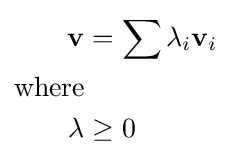
{\begin{aligned}\mathbf {v} &=\sum \lambda _{i}\mathbf {v} _{i}\\{\mbox{where}}&\\\lambda &\geq 0\\\end{aligned}}